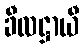
ခီလဋ္ဌာယီ